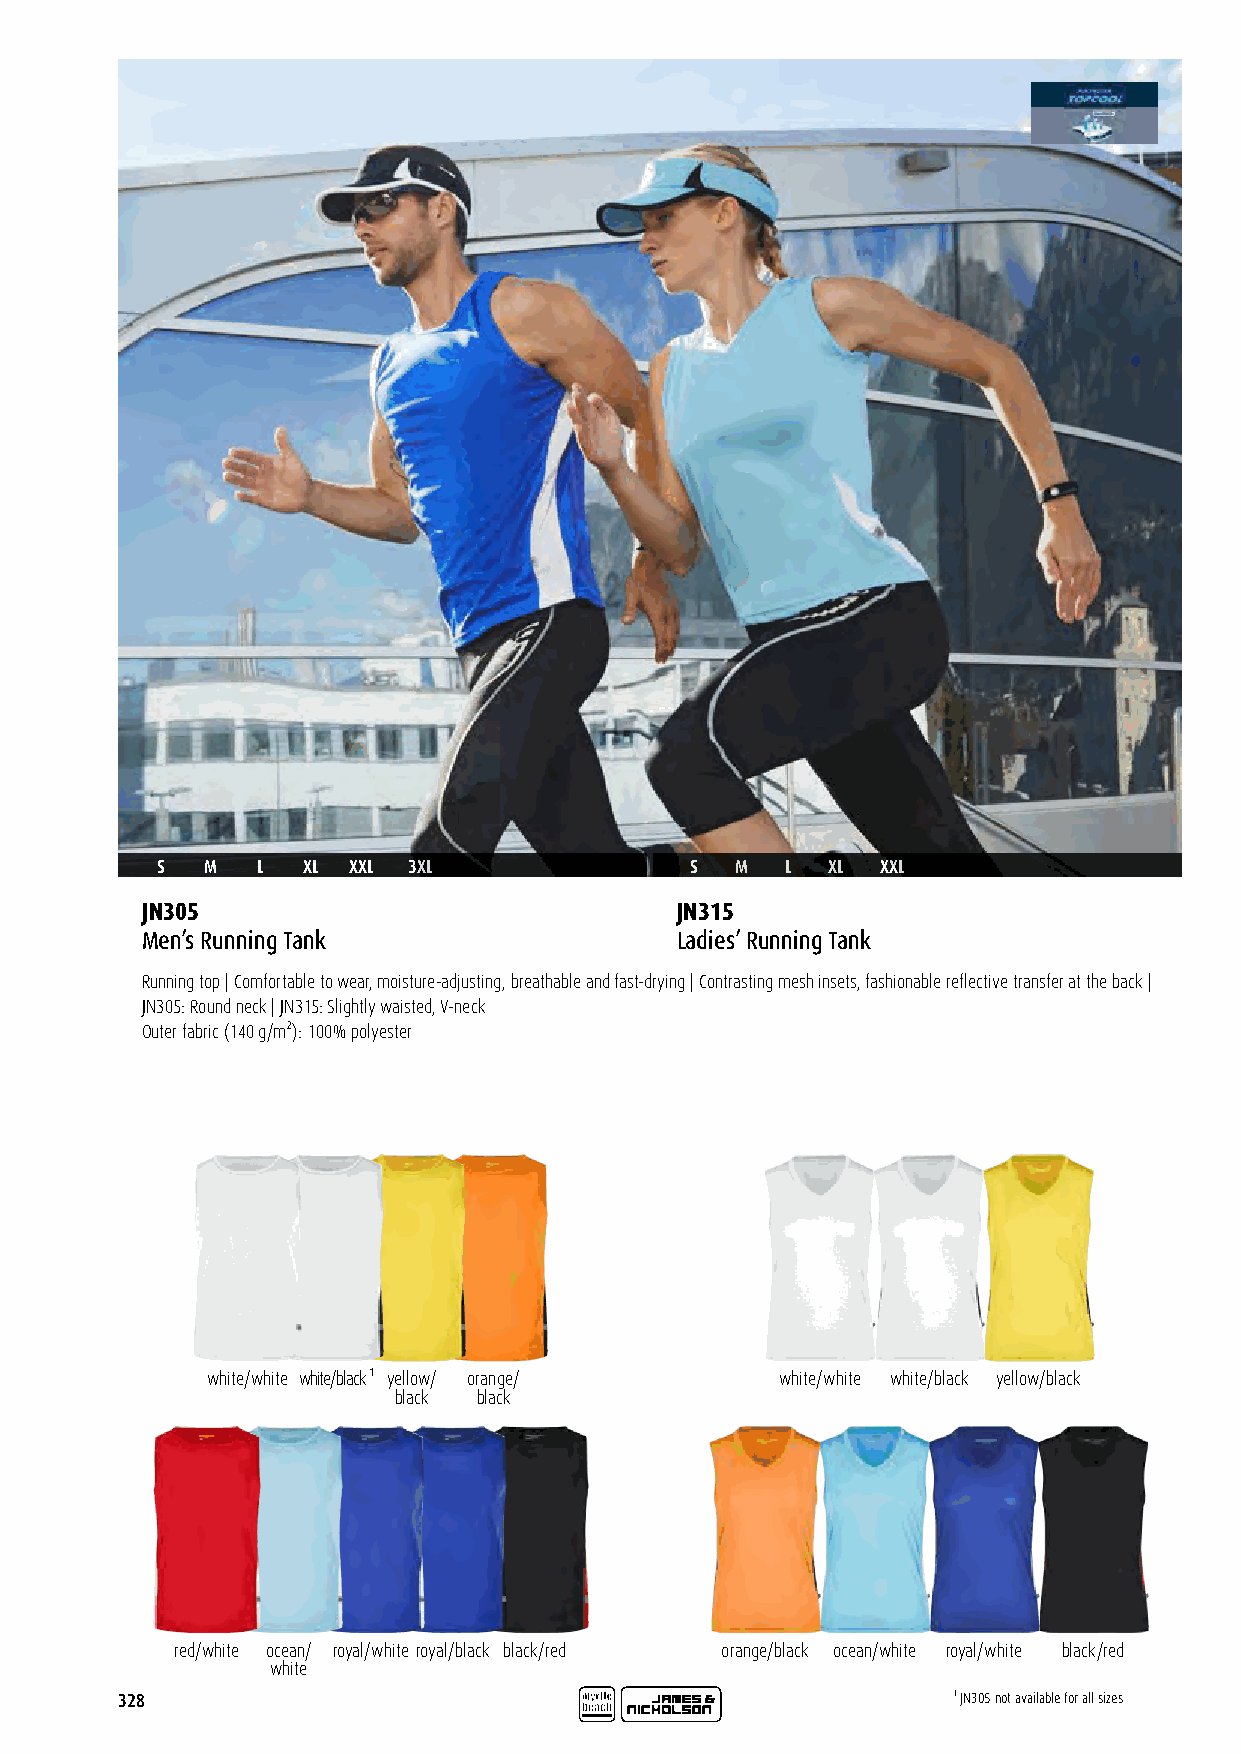
S   M  L  XL XXL 3XL                S  M  L  XL XXL
 JN305                               JN315
 Men’s Running Tank                  Ladies’ Running Tank
 Running top | Comfortable to wear, moisture-adjusting, breathable and fast-drying | Contrasting mesh insets, fashionable reflective transfer at the back |
 JN305: Round neck | JN315: Slightly waisted, V-neck
 Outer fabric (140 g/m²): 100% polyester
 white/white white/black ¹ yellow/ orange/ white/white white/black yellow/black
 black black
 red/white ocean/ royal/white royal/black black/red orange/black ocean/white royal/white black/red
 white
 328                                                    ¹ JN305 not available for all sizes